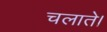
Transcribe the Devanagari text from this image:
चलाते।